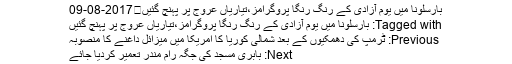
بارسلونا میں یوم آزادی کے رنگ رنگا پروگرامز،تیاریاں عروج پر پہنچ گئیں	2017-08-09
Tagged with: بارسلونا میں یوم آزادی کے رنگ رنگا پروگرامز،تیاریاں عروج پر پہنچ گئیں
Previous: ٹرمپ کی دھمکیوں کے بعد شمالی کوریا کا امریکا میں میزائل داغنے کا منصوبہ
Next: بابری مسجد کی جگہ رام مندر تعمیر کردیا جائے